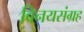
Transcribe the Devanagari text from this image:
विनयसंग्रह